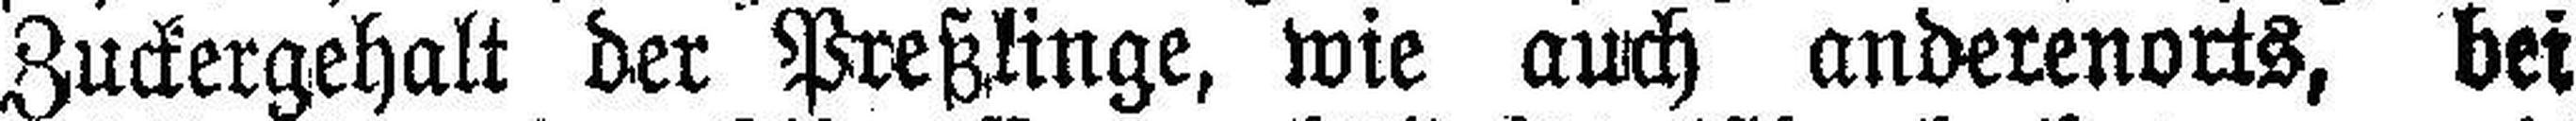
Zuckergehalt der Preßlinge, wie auch anderenorts, bei